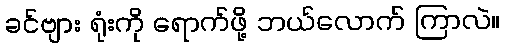
ခင်ဗျား ရုံးကို ရောက်ဖို့ ဘယ်လောက် ကြာလဲ။